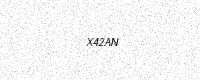
Text: X42AN